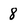
Character: 8